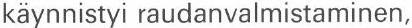
käynnistyi raudanvalmistaminen,